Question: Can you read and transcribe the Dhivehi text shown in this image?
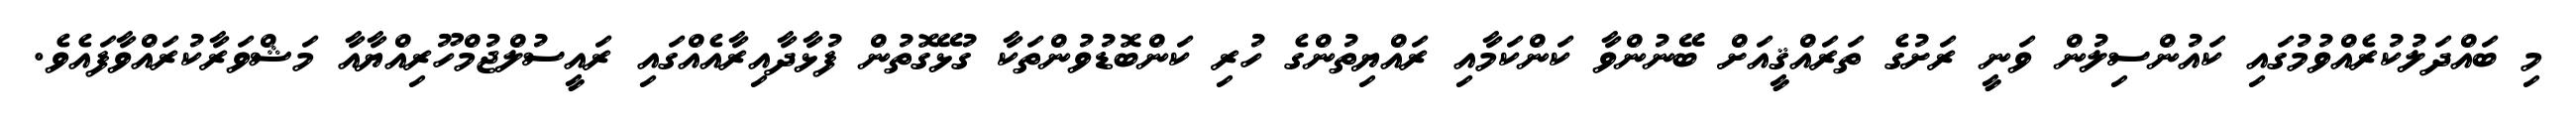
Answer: މި ބައްދަލުކުރެއްވުމުގައި ކައުންސިލުން ވަނީ ރަށުގެ ތަރައްޤީއަށް ބޭނުންވާ ކަންކަމާއި ރައްޔިތުންގެ ހުރި ކަންބޮޑުވުންތަކާ ގުޅޭގޮތުން ފުޅާދާއިރާއެއްގައި ރައީސުލްޖުމްހޫރިއްޔާއާ މަޝްވަރާކުރައްވާފައެވެ.